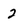
Character: 2